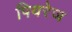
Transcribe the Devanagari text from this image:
पियरेज